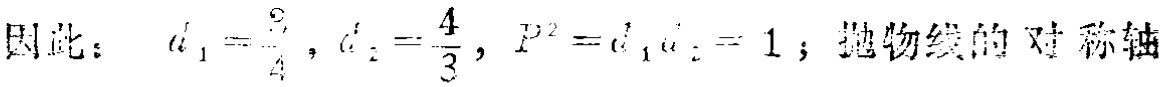
因此： \(a_{1}' = \frac{3}{4}, a_{2}'=\frac{4}{3}, P^{2}=a_{1}'a_{2}' = 1\)；抛物线的对称轴